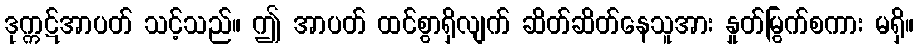
ဒုက္ကဋ်အာပတ် သင့်သည်။ ဤ အာပတ် ထင်စွာရှိလျက် ဆိတ်ဆိတ်နေသူအား နှုတ်မြွက်စကား မရှိ။